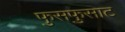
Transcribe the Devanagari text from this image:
फुसफुसाट